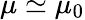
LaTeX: \mu\simeq\mu_{0}